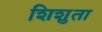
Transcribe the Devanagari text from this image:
शिशुता